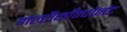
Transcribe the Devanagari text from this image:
मल्टीकाँम्पोनंट